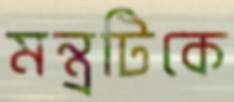
মন্ত্রটিকে